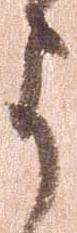
よ